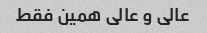
عالی و عالی همین فقط